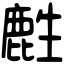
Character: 𪊟